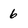
Character: 6